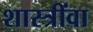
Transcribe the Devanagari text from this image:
शास्त्रींवा